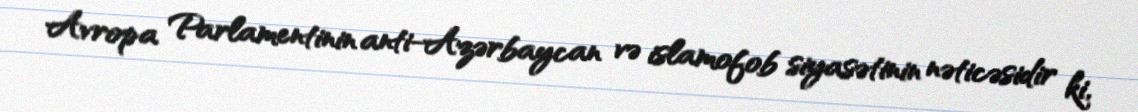
Avropa Parlamentinin anti-Azərbaycan və islamofob siyasətinin nəticəsidir ki,